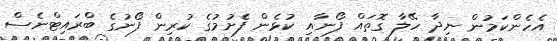
އެހެންކަމުން ނިދާ ހޭލާ ގޮތައް ފޯނާއި ކުޅެން ފެށުމުގެ ކުރިން ފޯނުގެ ބްރައިޓްނެސް